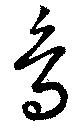
鳥